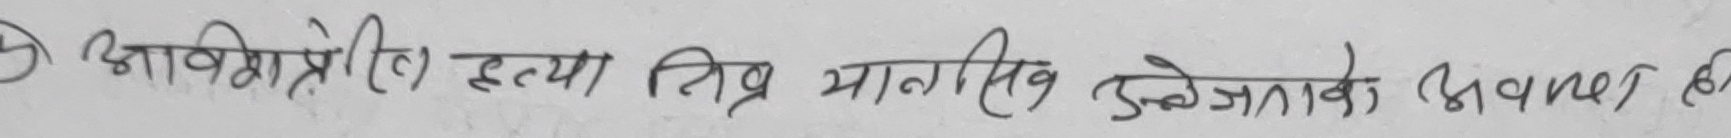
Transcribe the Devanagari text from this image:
७ अविप्रेरित हत्या तीव्र मानसिक उत्तेजनाको अभावमा छ